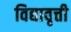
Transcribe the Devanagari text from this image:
विद्यावृत्ती